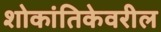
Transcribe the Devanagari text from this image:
शोकांतिकेवरील